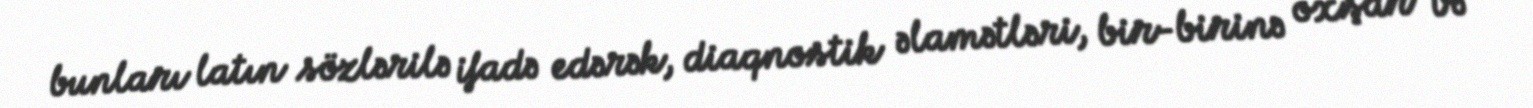
bunları latın sözlərilə ifadə edərək, diaqnostik əlamətləri, bir-birinə oxşar və